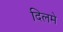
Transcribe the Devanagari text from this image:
दिलमे